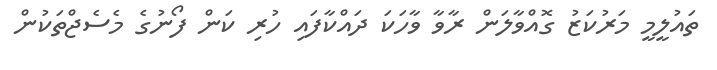
ތައުލީމީ މަރުކަޒު ގޮއްވާލަން ރާވާ ވާހަކަ ދައްކާފައި ހުރި ކަން ފޯނުގެ މެސެޖްތަކުން